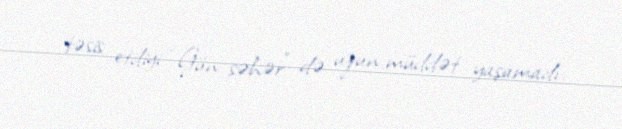
təsis etdiyi “Gün səhər” də uzun müddət yaşamadı.